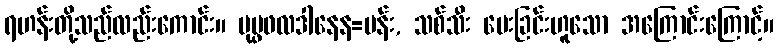
ရဟန်းတို့သည်လည်းကောင်း။ ပုပ္ဖဖလဒါနေန=ပန်း, သစ်သီး ပေးခြင်းဟူသော အကြောင်းကြောင့်။